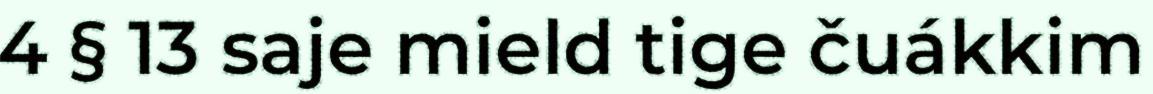
4 § 13 saje mield tige čuákkim